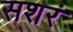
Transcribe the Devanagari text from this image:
सशरं